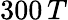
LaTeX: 300\, T